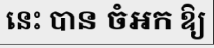
នេះ បាន ចំអក ឱ្យ